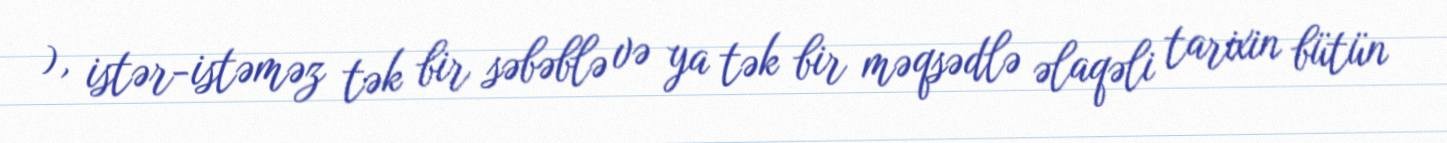
), istər-istəməz tək bir səbəblə və ya tək bir məqsədlə əlaqəli tarixin bütün